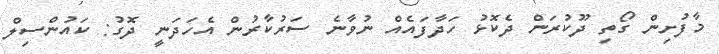
މާފުށިން ގޯތި ދޫކުރަން ދެކޮޅު ހަދާފައެއް ނުވާނެ ސަރުކާރުން އެހަދަނީ ދޮގު: ކައުންސިލް